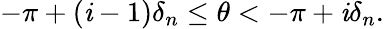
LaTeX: -\pi+(\mathit{i}-1)\delta_{n}\le\theta<-\pi+\mathit{i}\delta_{n}.